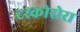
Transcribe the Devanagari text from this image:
टस्कोरोरा